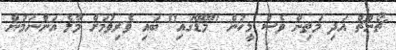
ޗޯންޗް އަދި މަތިން ވެސް މީހުން "މޭޑޭގައި" ބައި ވެރިވުމަށް މާލެ އަންނަމުން